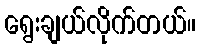
ရွေးချယ်လိုက်တယ်။